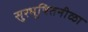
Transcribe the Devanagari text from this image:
सुरभूषितनीळा